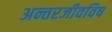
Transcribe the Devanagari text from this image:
अन्तरजीवविष